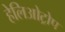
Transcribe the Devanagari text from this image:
हेलिओट्रोप